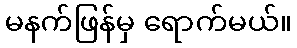
မနက်ဖြန်မှ ရောက်မယ်။